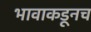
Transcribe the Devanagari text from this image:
भावाकडूनच